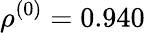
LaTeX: \rho^{(0)}=0.940